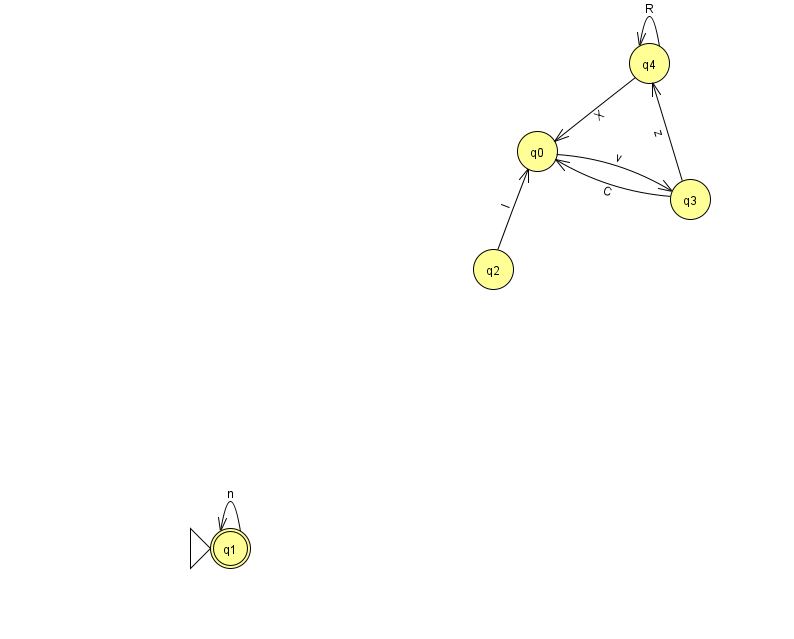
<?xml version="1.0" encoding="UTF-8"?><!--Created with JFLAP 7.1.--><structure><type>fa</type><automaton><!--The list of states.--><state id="0" name="q0"><x>537.0</x><y>138.0</y></state><state id="1" name="q1"><x>230.0</x><y>535.0</y><initial/><final/></state><state id="2" name="q2"><x>493.0</x><y>256.0</y></state><state id="3" name="q3"><x>690.0</x><y>186.0</y></state><state id="4" name="q4"><x>649.0</x><y>50.0</y></state><!--The list of transitions.--><transition><from>4</from><to>0</to><read>X</read></transition><transition><from>4</from><to>4</to><read>R</read></transition><transition><from>0</from><to>3</to><read>v</read></transition><transition><from>2</from><to>0</to><read>l</read></transition><transition><from>3</from><to>0</to><read>C</read></transition><transition><from>1</from><to>1</to><read>n</read></transition><transition><from>3</from><to>4</to><read>z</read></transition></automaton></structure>